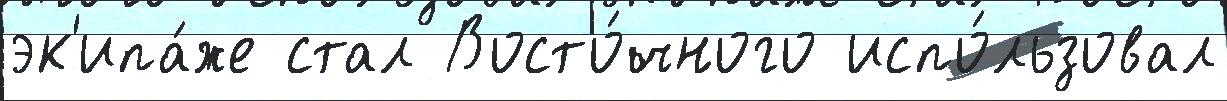
эк'ипа́же стал Восто́чного испо́льзовал